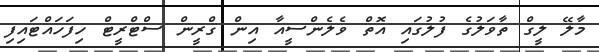
މާލޭ ލީގް ތާވަލުގެ ފުލުގައި އޮތް ވެލެންސީއާ އިން ގްރީން ސްޓްރީޓް ހިފަހައްޓައިފި